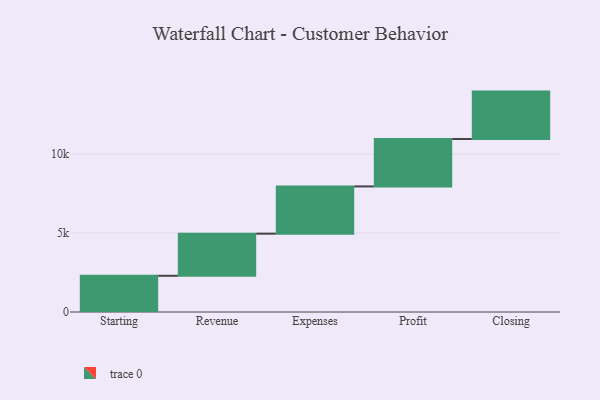
{"axis": {"x": "Step", "y": "Value"}, "legend": [""], "data": [{"x": "Starting", "y": 2292.0, "type": ""}, {"x": "Revenue", "y": 2665.0, "type": ""}, {"x": "Expenses", "y": 2990.0, "type": ""}, {"x": "Profit", "y": 3000, "type": ""}, {"x": "Closing", "y": 3000, "type": ""}]}